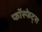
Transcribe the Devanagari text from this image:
फॉस्फेट्स